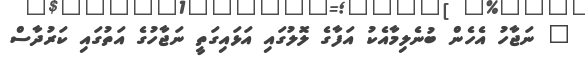
" ނަޖާހު އެހެން ބުނެލިމާއެކު އަފާގެ ލޮލުގައި އަޅައިގަތީ ނަޖާހުގެ އަތުގައި ކަރުދާސް